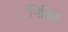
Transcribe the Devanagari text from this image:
निबिड़